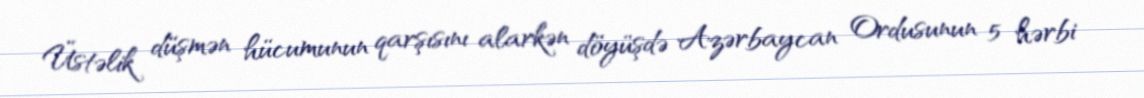
Üstəlik düşmən hücumunun qarşısını alarkən döyüşdə Azərbaycan Ordusunun 5 hərbi